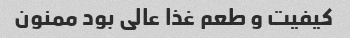
کیفیت و طعم غذا عالی بود ممنون